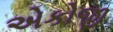
એકોજી